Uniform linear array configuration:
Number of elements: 12
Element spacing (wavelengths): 1
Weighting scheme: hamming
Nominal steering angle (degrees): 0
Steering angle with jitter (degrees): -0.3999
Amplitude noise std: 0.05
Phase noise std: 0.05

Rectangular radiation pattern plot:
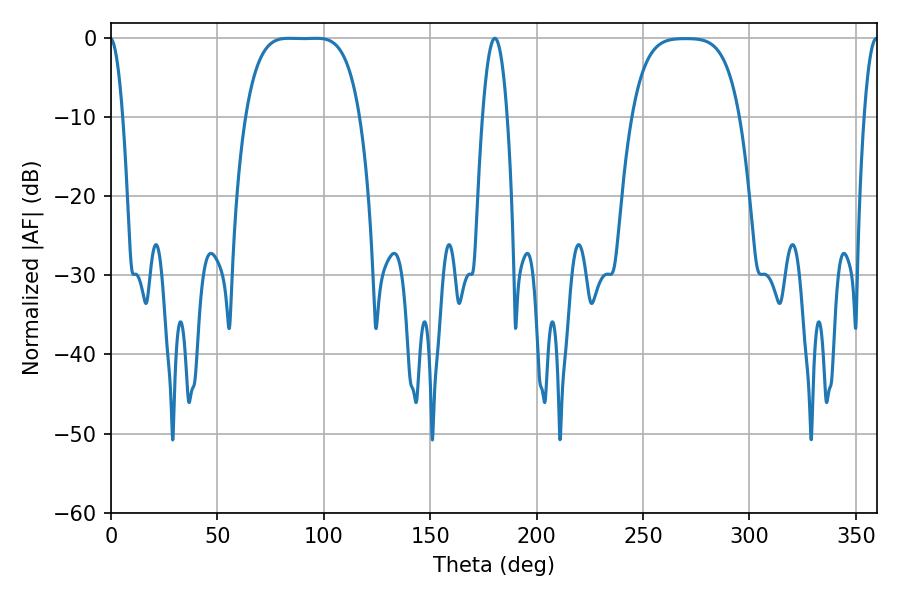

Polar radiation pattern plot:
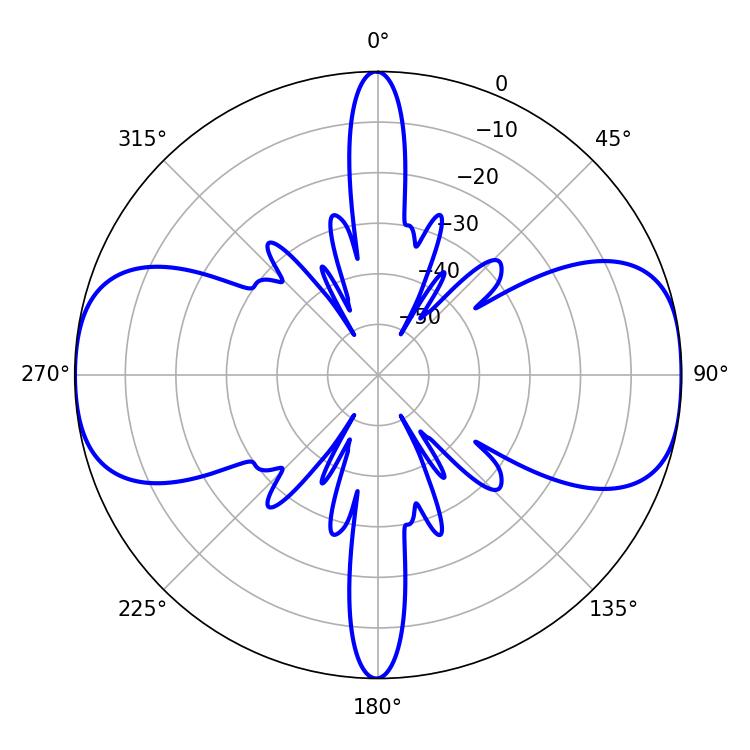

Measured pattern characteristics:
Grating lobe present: TRUE
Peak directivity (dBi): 14.072
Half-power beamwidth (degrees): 41.04
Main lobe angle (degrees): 83.52